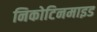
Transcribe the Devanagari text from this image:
निकोटिनमाइड